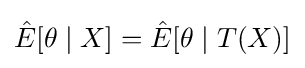
{\hat {E}}[\theta \mid X]={\hat {E}}[\theta \mid T(X)]